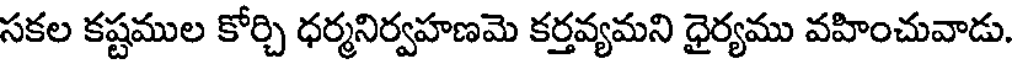
సకల కష్టముల కోర్చి ధర్మనిర్వహణమె కర్తవ్యమని ధైర్యము వహించువాడు.